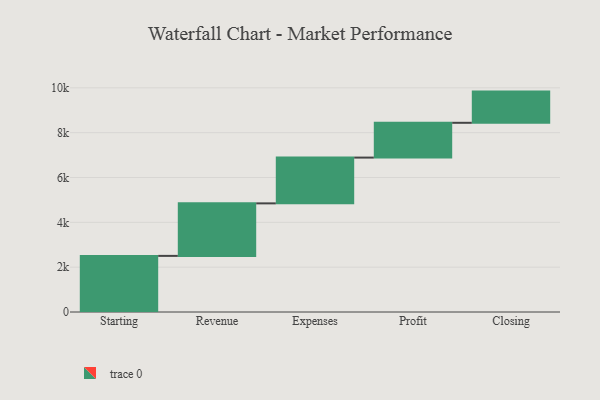
{"axis": {"x": "Step", "y": "Value"}, "legend": [""], "data": [{"x": "Starting", "y": 2503.0, "type": ""}, {"x": "Revenue", "y": 2343.0, "type": ""}, {"x": "Expenses", "y": 2042.0, "type": ""}, {"x": "Profit", "y": 1552.0, "type": ""}, {"x": "Closing", "y": 1392.0, "type": ""}]}